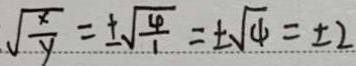
\sqrt { \frac { x } { y } } = \pm \sqrt { \frac { 4 } { 1 } } = \pm \sqrt { 4 } = \pm 2